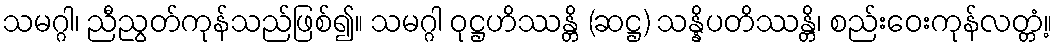
သမဂ္ဂါ၊ ညီညွတ်ကုန်သည်ဖြစ်၍။ သမဂ္ဂါ ဝုဋ္ဌဟိဿန္တိ (ဆဋ္ဌ) သန္နိပတိဿန္တိ၊ စည်းဝေးကုန်လတ္တံ့။